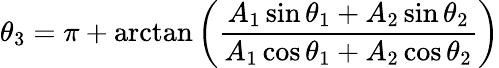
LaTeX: \theta_{3}=\pi+\arctan\left({\frac{A_{1}\sin\theta_{1}+A_{2}\sin\theta_{2}}{A_{1}\cos\theta_{1}+A_{2}\cos\theta_{2}}}\right)